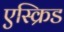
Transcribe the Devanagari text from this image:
एस्क्रिड